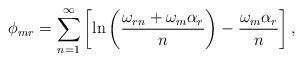
LaTeX: \begin{align*}\phi_{mr} = \sum_{n=1}^{\infty} \left[ \ln\left( \frac{\omega_{rn} +\omega_m \alpha_r}{n} \right) - \frac{\omega_m\alpha_r}{n} \right],\end{align*}